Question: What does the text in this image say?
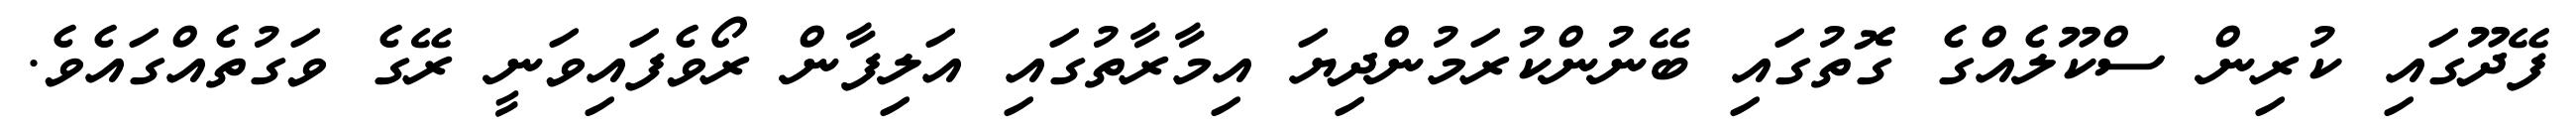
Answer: ފޭދޫގައި ކުރިން ސްކޫލެއްގެ ގޮތުގައި ބޭނުންކުރަމުންދިޔަ އިމާރާތުގައި އަލިފާން ރޯވެފައިވަނީ ރޭގެ ވަގުތެއްގައެވެ.